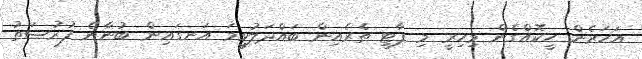
އަހަރެން ހީކޮއްގެން މިހިރީ މި ޕާޓީ ތެރެއިން ބައްދަލުވީމަ އަނގައިން ބުނާނެ ފުރުޞަތު